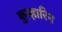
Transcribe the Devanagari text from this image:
कुम्हारिन